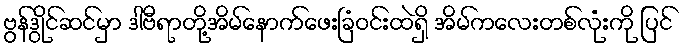
ဗွန်ဒွိုင်ဆင်မှာ ဒါဗီရာတို့အိမ်နောက်ဖေးခြံဝင်းထဲရှိ အိမ်ကလေးတစ်လုံးကို ပြင်